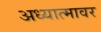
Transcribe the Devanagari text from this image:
अध्यात्मावर